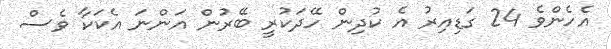
އެހެންވެ 24 ގަޑިއިރު އެ ކުދިން ހޭދަކުރީ ބޭރުން އަންނަ އެކަކާ ވެސް